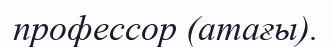
профессор (атағы).